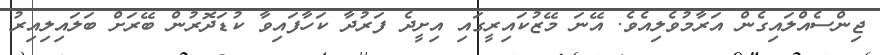
ޖިންސެއްލައިގެން އަރާމުވެލިއެވެ. އޭނަ މޭޒުކައިރީގައި އިށީދެ ފަރުދާ ކަހާފައިވާ ކުޑަދޮރުން ބޭރަށް ބަލައިލިއިރު